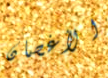
الأغصان